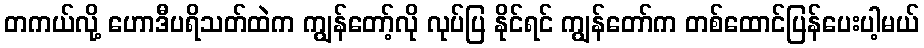
တကယ်လို့ ဟောဒီပရိသတ်ထဲက ကျွန်တော့်လို လုပ်ပြ နိုင်ရင် ကျွန်တော်က တစ်ထောင်ပြန်ပေးပါ့မယ်